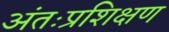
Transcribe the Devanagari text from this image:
अंतःप्रशिक्षण